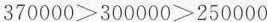
$$370000>300000>250000$$